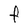
Character: F